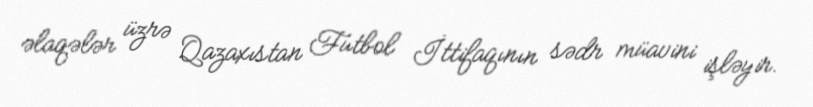
əlaqələr üzrə Qazaxıstan Futbol İttifaqının sədr müavini işləyir.